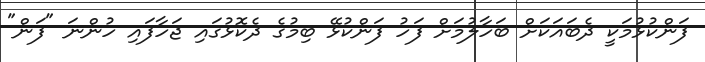
ފަންކުޅުމަކީ ދެބައަކަށް ބަހާލުމަށް ފަހު ފަންކުޅޭ ބިމުގެ ދެކޮޅުގައި ޖަހާފައި ހުންނަ "ފަން"